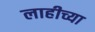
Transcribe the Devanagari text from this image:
लाहीच्या